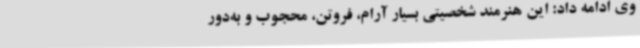
وی ادامه داد: این هنرمند شخصیتی بسیار آرام، فروتن، محجوب و به‌دور